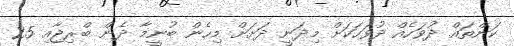
ކަންތައް ދުވަހެއް ދުވަހަކަށް މިދަނީ ދަށަށް މިހެން ބުނީމާ ދެން ބްރިޖާއި 25